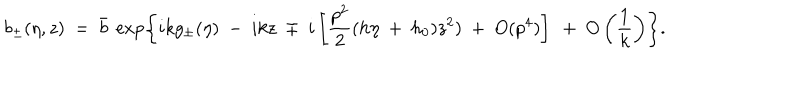
LaTeX: b _ { \pm } ( \eta , z ) ~ = ~ \bar { b } ~ \exp \left\{ i k g _ { \pm } ( \eta ) ~ - ~ i k z ~ \mp ~ i \left[ \frac { p ^ { 2 } } { 2 } ( h \eta ~ + ~ h _ { 0 } ) z ^ { 2 } ) ~ + ~ O ( p ^ { 4 } ) \right] ~ + ~ O \left( \frac 1 k \right) \right\} .